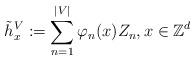
LaTeX: \begin{align*}\tilde{h}_{x}^{V}:=\sum_{n=1}^{|V|}\varphi_{n}(x)Z_{n},x\in\mathbb{Z}^{d}\end{align*}